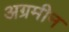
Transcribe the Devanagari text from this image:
अग्रमीन